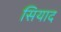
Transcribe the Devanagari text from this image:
सियाद